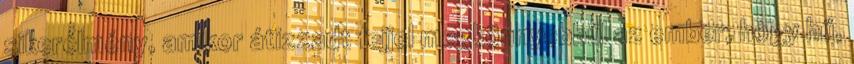
sikerélmény, amikor átizzadt fejjel megkönnyebbül az ember, hogy hű,